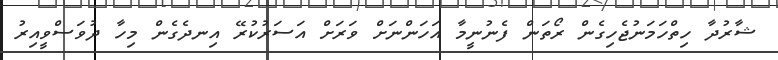
ޝާރުދާ ހިތްހަމަނުޖެހިގެން ރޯތަން ފެނުނީމާ އަހަންނަށް ވަރަށް އަސަރުކުރޭ އިނދެގެން މިހާ ދުވަސްވީއިރު